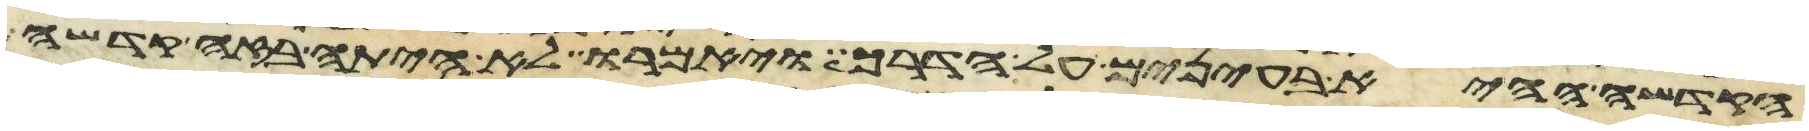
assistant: הקדשה ההיא בעינים על הדרך ויאמרו לא היתה בזה קדשה